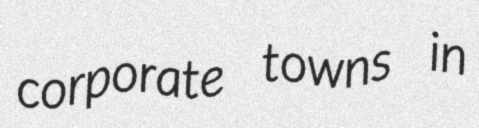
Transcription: corporate towns in